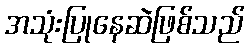
အသုံးပြုနေဆဲဖြစ်သည်